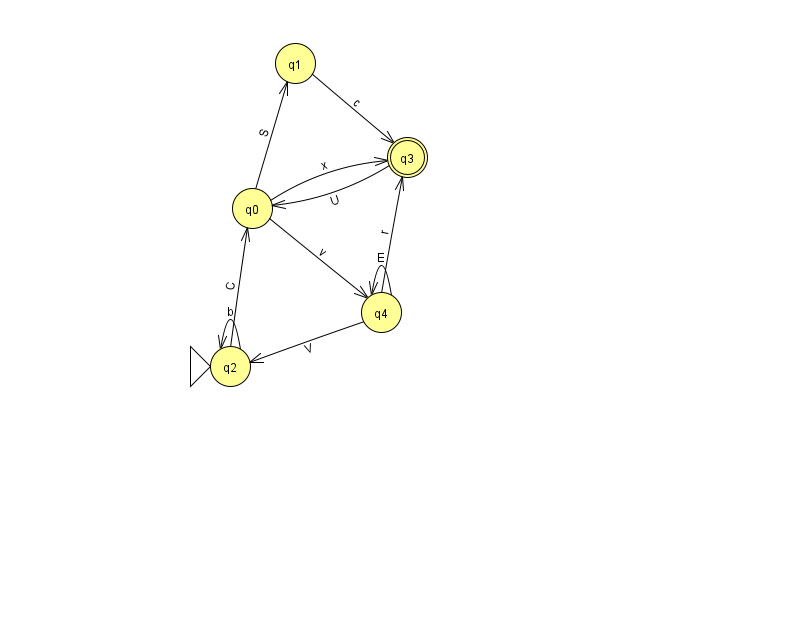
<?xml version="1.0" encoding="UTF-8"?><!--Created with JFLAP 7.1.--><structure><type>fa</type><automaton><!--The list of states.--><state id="0" name="q0"><x>252.0</x><y>195.0</y></state><state id="1" name="q1"><x>295.0</x><y>50.0</y></state><state id="2" name="q2"><x>230.0</x><y>353.0</y><initial/></state><state id="3" name="q3"><x>407.0</x><y>144.0</y><final/></state><state id="4" name="q4"><x>381.0</x><y>299.0</y></state><!--The list of transitions.--><transition><from>0</from><to>1</to><read>S</read></transition><transition><from>0</from><to>3</to><read>x</read></transition><transition><from>2</from><to>2</to><read>b</read></transition><transition><from>4</from><to>2</to><read>V</read></transition><transition><from>4</from><to>3</to><read>r</read></transition><transition><from>4</from><to>4</to><read>E</read></transition><transition><from>1</from><to>3</to><read>c</read></transition><transition><from>3</from><to>0</to><read>U</read></transition><transition><from>0</from><to>4</to><read>v</read></transition><transition><from>2</from><to>0</to><read>C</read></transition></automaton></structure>